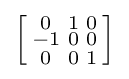
\left[{\begin{smallmatrix}0&1&0\\-1&0&0\\0&0&1\\\end{smallmatrix}}\right]